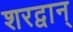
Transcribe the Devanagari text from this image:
शरद्वान्‌